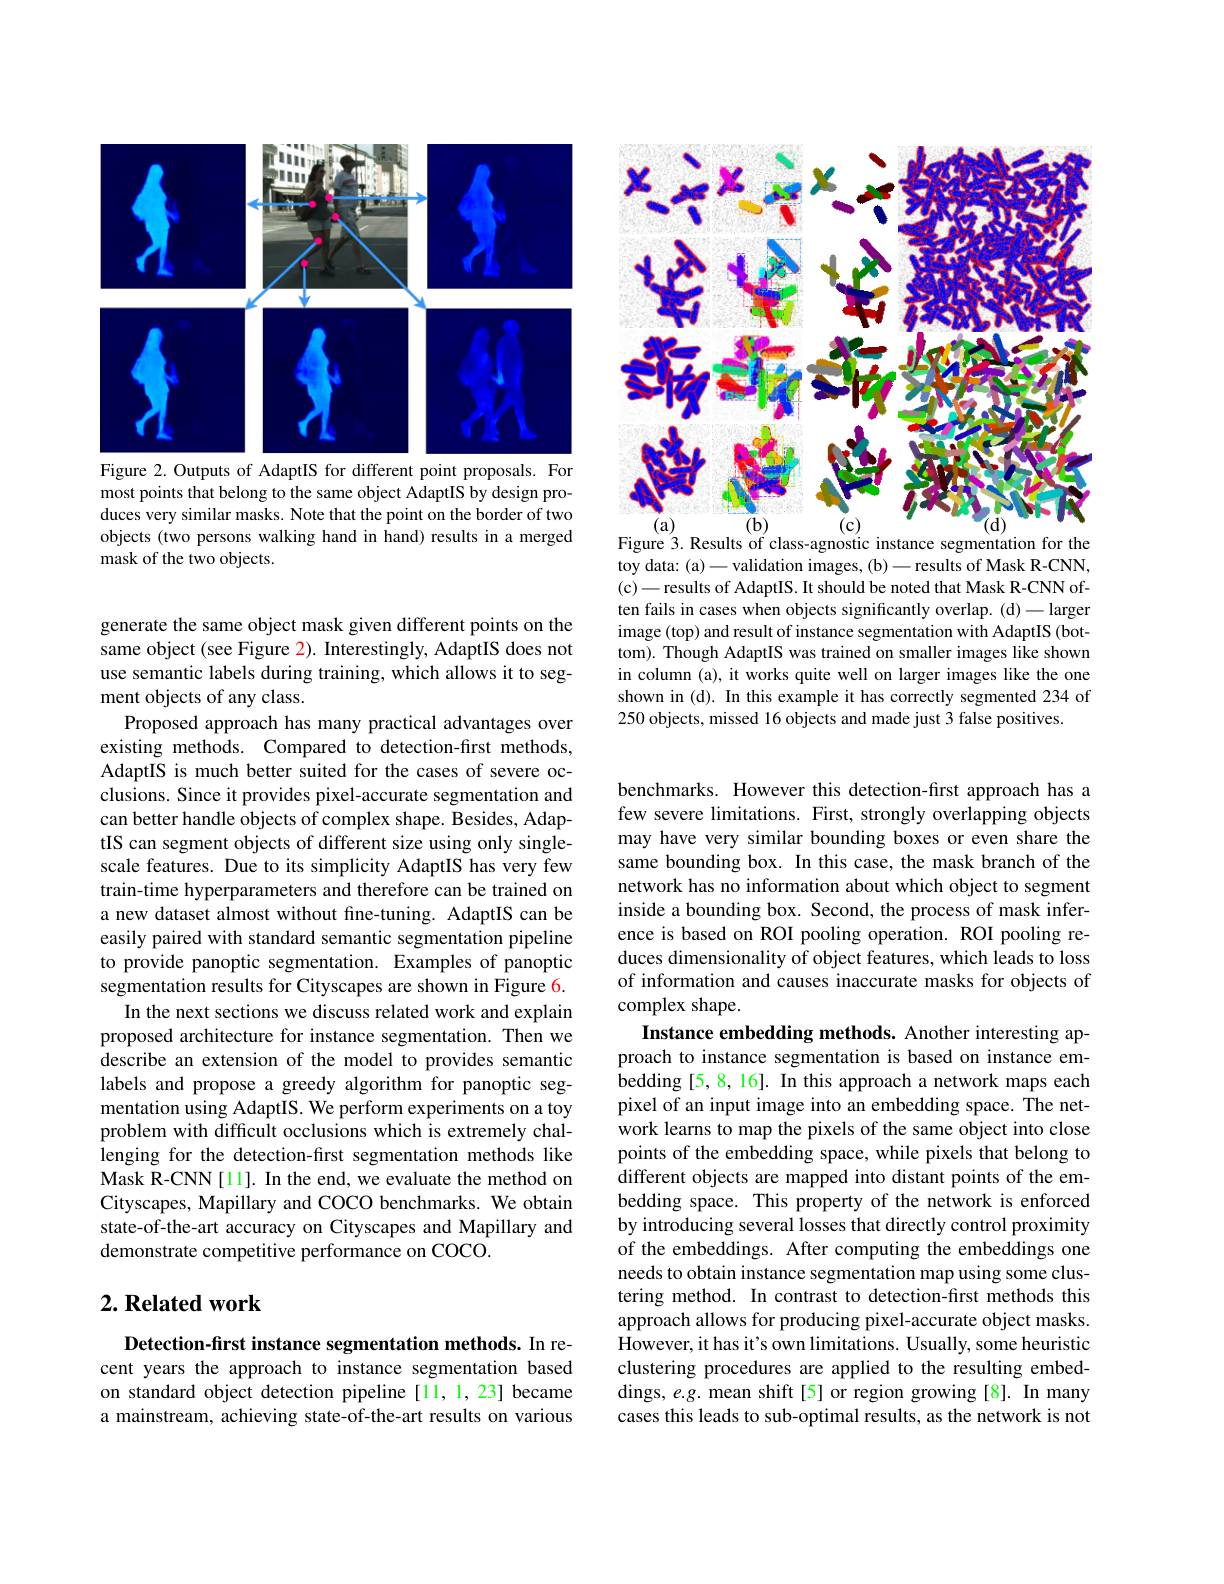
<FigureHere>
Figure 2. Outputs of AdaptIS for different point proposals. For

most points that belong to the same object AdaptIS by design produces very similar masks. Note that the point on the border of two objects (two persons walking hand in hand) results in a merged mask of the two objects.

generate the same object mask given different points on the same object (see Figure $\color{red}2).$ Interestingly, AdaptIS does not use semantic labels during training, which allows it to segment objects of any class.
Proposed approach has many practical advantages over existing methods. Compared to detection-first methods, AdaptIS is much better suited for the cases of severe occlusions. Since it provides pixel-accurate segmentation and can better handle objects of complex shape. Besides, AdaptIS can segment objects of different size using only singlescale features. Due to its simplicity AdaptIS has very few train-time hyperparameters and therefore can be trained on a new dataset almost without fine-tuning. AdaptIS can be easily paired with standard semantic segmentation pipeline to provide panoptic segmentation. Examples of panoptic segmentation results for Cityscapes are shown in Figure 6.
In the next sections we discuss related work and explain proposed architecture for instance segmentation. Then we describe an extension of the model to provides semantic labels and propose a greedy algorithm for panoptic segmentation using AdaptIS. We perform experiments on a toy problem with difficult occlusions which is extremely challenging for the detection-first segmentation methods like Mask R-CNN[11]. In the end, we evaluate the method on Cityscapes, Mapillary and COCO benchmarks. We obtain state-of-the-art accuracy on Cityscapes and Mapillary and demonstrate competitive performance on COCO.

## $2. \textbf{ Related work}$

Detection-first instance segmentation methods. In recent years the approach to instance segmentation based on standard object detection pipeline[11,1,23] became a mainstream, achieving state-of-the-art results on various

<FigureHere>
Figure 3. Results of class-agnostic instance segmentation for the

toy data: (a)-validation images, (b)-results of Mask R-CNN, (c)- results of AdaptIS. It should be noted that Mask R-CNN often fails in cases when objects significantly overlap. (d)- larger image (top) and result of instance segmentation with AdaptIS (bottom). Though AdaptIS was trained on smaller images like shown in column (a), it works quite well on larger images like the one shown in (d). In this example it has correctly segmented 234 of 250 objects, missed 16 objects and made just 3 false positives.

benchmarks. However this detection-first approach has a few severe limitations. First, strongly overlapping objects may have very similar bounding boxes or even share the same bounding box. In this case, the mask branch of the network has no information about which object to segment inside a bounding box. Second, the process of mask inference is based on ROI pooling operation. ROI pooling reduces dimensionality of object features, which leads to loss of information and causes inaccurate masks for objects of complex shape.
Instance embedding methods. Another interesting approach to instance segmentation is based on instance embedding [5,8,16]. In this approach a network maps each pixel of an input image into an embedding space. The network learns to map the pixels of the same object into close points of the embedding space, while pixels that belong to different objects are mapped into distant points of the embedding space. This property of the network is enforced by introducing several losses that directly control proximity of the embeddings. After computing the embeddings one needs to obtain instance segmentation map using some clustering method. In contrast to detection-first methods this approach allows for producing pixel-accurate object masks. However, it has it's own limitations. Usually, some heuristic clustering procedures are applied to the resulting embeddings, e.g. mean shift[5] or region growing[8]. In many cases this leads to sub-optimal results, as the network is not